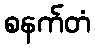
စနက်တံ